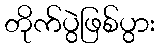
တိုက်ပွဲဖြစ်ပွား